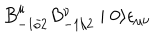
B _ { - 1 / 2 } ^ { \mu } B _ { - 1 / 2 } ^ { \nu } \mid 0 \rangle \epsilon _ { \mu \nu }